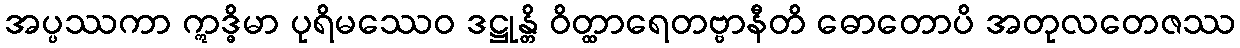
အပ္ပဿကာ ဣဒ္ဓိမာ ပုရိမဿေဝ ဒဋ္ဌုန္တိ ဝိတ္ထာရေတဗ္ဗာနီတိ ဓောတောပိ အတုလတေဇဿ